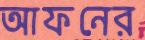
আফনের